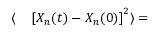
\begin{array} { r l } { \langle } & { { } \left[ X _ { n } ( t ) - X _ { n } ( 0 ) \right] ^ { 2 } \rangle = } \end{array}